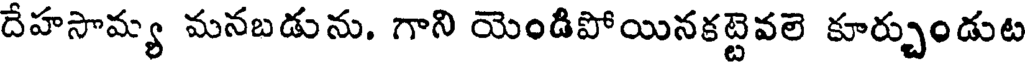
దేహసామ్య మనబడును. గాని యెండిపోయినకట్టెవలె కూర్చుండుట